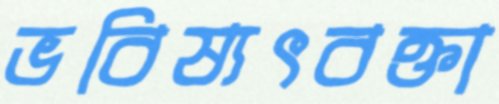
ভবিষ্যৎবক্তা